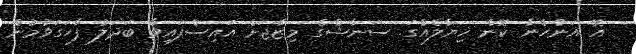
އޭ އަންހެނާ ކޮން ޚިޔާލެއްގަ. ސަނާޝްގެ މިޒާޖަށް އައިސްފައިވާ ބަދަލު ފާހަގަވުމުން